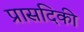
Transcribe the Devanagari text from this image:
प्रासदिकी